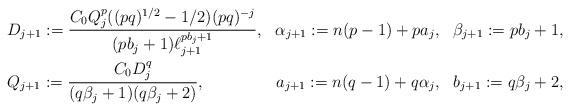
LaTeX: \begin{align*}&D_{j+1}:= \frac{C_0Q_j^p((pq)^{1/2}-1/2)(pq)^{-j}}{(pb_j+1)\ell_{j+1}^{pb_j+1}},\ \ \alpha_{j+1}:= n(p-1)+pa_j,\ \ \beta_{j+1}:= pb_j+1,\\&Q_{j+1}:= \frac{C_0D_j^q}{(q\beta_j+1)(q\beta_j+2)},\ \ \ \ \ \ \ \ \ \ \ \ \ a_{j+1}:= n(q-1)+q\alpha_j,\ \ b_{j+1}:= q\beta_{j}+2,\end{align*}